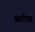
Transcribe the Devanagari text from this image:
आरोपा